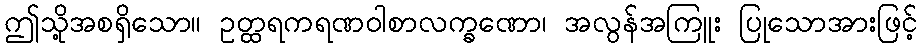
ဤသို့အစရှိသော။ ဥတ္ထရကရဏဝါစာလက္ခဏော၊ အလွန်အကြူး ပြုသောအားဖြင့်